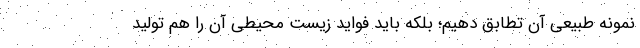
نمونه طبیعی آن تطابق دهیم؛ بلکه باید فواید زیست محیطی آن را هم تولید